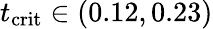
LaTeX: t_{\mathrm{crit}}\in(0.12,0.23)